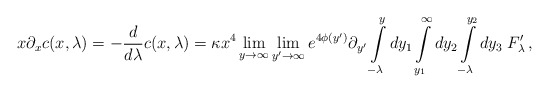
\begin{align*}x\partial_x c(x,\lambda ) = -\frac{d}{d\lambda }c(x,\lambda ) = \kappa x^4 \lim_{y\rightarrow\infty} \lim_{y'\rightarrow\infty} e^{4\phi (y')} \partial_{y'}\int\limits_{-\lambda }^{y}dy_1\int\limits_{y_1}^{\infty}dy_2\int\limits_{-\lambda }^{y_2}dy_3 \; F'_{\lambda}\,,\end{align*}